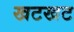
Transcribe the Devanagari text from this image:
खटखट